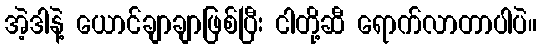
အဲ့ဒါနဲ့ ယောင်ချာချာဖြစ်ပြီး ငါတို့ဆီ ရောက်လာတာပါပဲ။